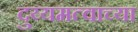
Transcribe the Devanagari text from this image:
दुय्यमत्वाच्या